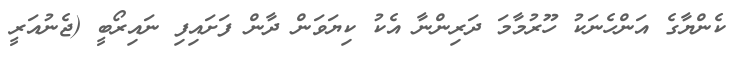
ކެންޔާގެ އަންހެނަކު ހޫރުމާމަ ދަރިންނާ އެކު ކިޔަވަން ދާން ފަށައިފި ނައިރޯބީ (ޖެނުއަރީ